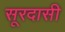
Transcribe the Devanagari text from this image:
सूरदासी